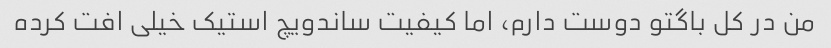
من در کل باگتو دوست دارم، اما کیفیت ساندویچ استیک خیلی افت کرده